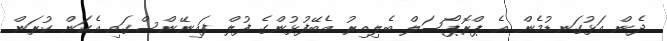
ދެން އަޅުގަނޑުމެން އެ ޕްރޮޕޯސަލް ބެލިއިރު އެބޭފުޅުންގެ ފުލް ފައިނޭންސްގައި އެކަން ކުރަން